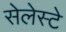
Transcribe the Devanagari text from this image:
सेलेस्टे